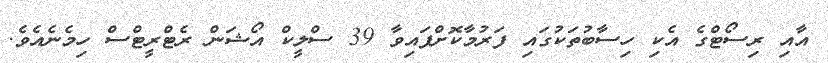
އާއި ރިސޯޓްގެ އެކި ހިސާބުތަކުގައި ފަރުމާކޮށްފައިވާ 39 ސްލީކް އޯޝަން ރެޓްރީޓްސް ހިމެނެއެވެ.